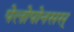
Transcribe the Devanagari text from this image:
पेलोपोनसस्‌